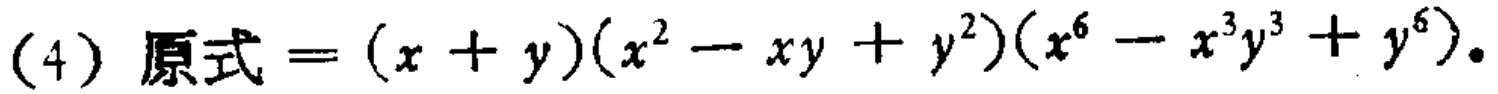
(4) 原式\(=(x + y)(x^{2}-xy + y^{2})(x^{6}-x^{3}y^{3}+y^{6})\)